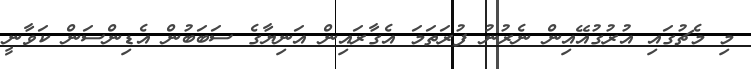
މި މެޗުގައި އުރުގުއޭއިން ނެރުނު ފުރަތަމަ އެގާރައިން އަނިޔާގެ ސަބަބުން އެޑިންސަން ކަވާނީ